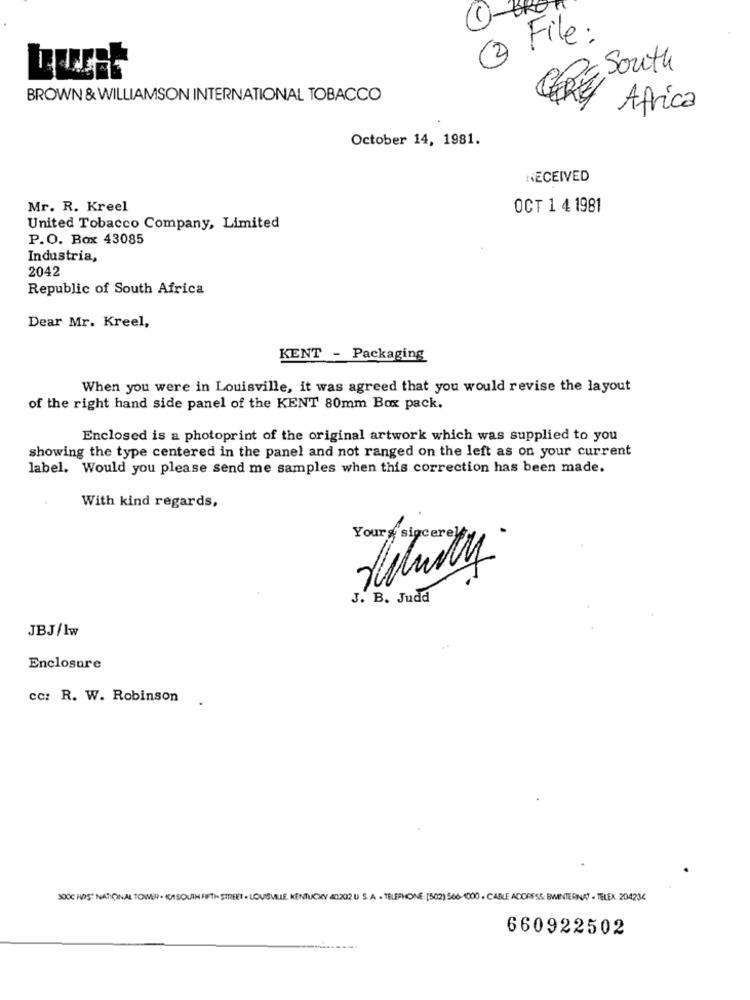
1-3
3 File:
South
BROWN & WILLIAMSON INTERNATIONAL TOBACCO
Africa
October 14, 1981.
RECEIVED
Mr. R. Kreel
OCT 1 4 1981
United Tobacco Company, Limited
P.O. Box 43085
Industria,
2042
Republic of South Africa
Dear Mr. Kreel,
KENT - Packaging
When you were in Louisville, it was agreed that you would revise the layout
of the right hand side panel of the KENT 80mm Box pack.
Enclosed is a photoprint of the original artwork which was supplied to you
showing the type centered in the panel and not ranged on the left as on your current
label. Would you please send me samples when this correction has been made.
With kind regards,
Yours sincerel
J. B. Judd
JBJ/Iw
Enclosure
cc: R. W. Robinson
300C FIRST NATIONAL TOWER . 01 SOUTH FIFTH STREET - LOUISVILLE, KENTUCKY 40202 U S. A . TELEPHONE: [502) 566-1000 . CABLE ADDRESS: BWINTERNAT - TELEX. 204234
660922502